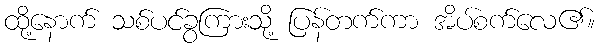
ထို့နောက် သစ်ပင်ခွကြားသို့ ပြန်တက်ကာ အိပ်စက်လေ၏။